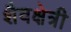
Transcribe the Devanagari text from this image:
शैवक्षेत्री